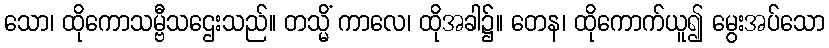
သော၊ ထိုကောသမ္ဗီသဌေးသည်။ တသ္မိံ ကာလေ၊ ထိုအခါ၌။ တေန၊ ထိုကောက်ယူ၍ မွေးအပ်သော